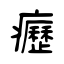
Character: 癧